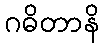
ဂဓိတာနိ